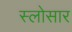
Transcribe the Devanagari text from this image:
स्लोसार